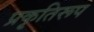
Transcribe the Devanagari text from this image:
प्रकृतिरूप